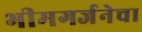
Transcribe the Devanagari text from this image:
भीमगर्जनेचा